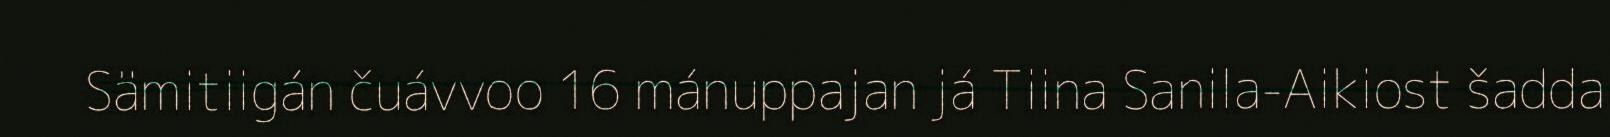
Sämitiigán čuávvoo 16 mánuppajan já Tiina Sanila-Aikiost šadda